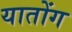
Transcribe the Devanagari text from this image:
यातोंग